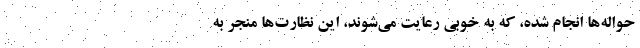
حواله‌ها انجام شده، که به خوبی رعایت می‌شوند، این نظارت‌ها منجر به